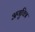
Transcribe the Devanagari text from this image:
अणुचित्र